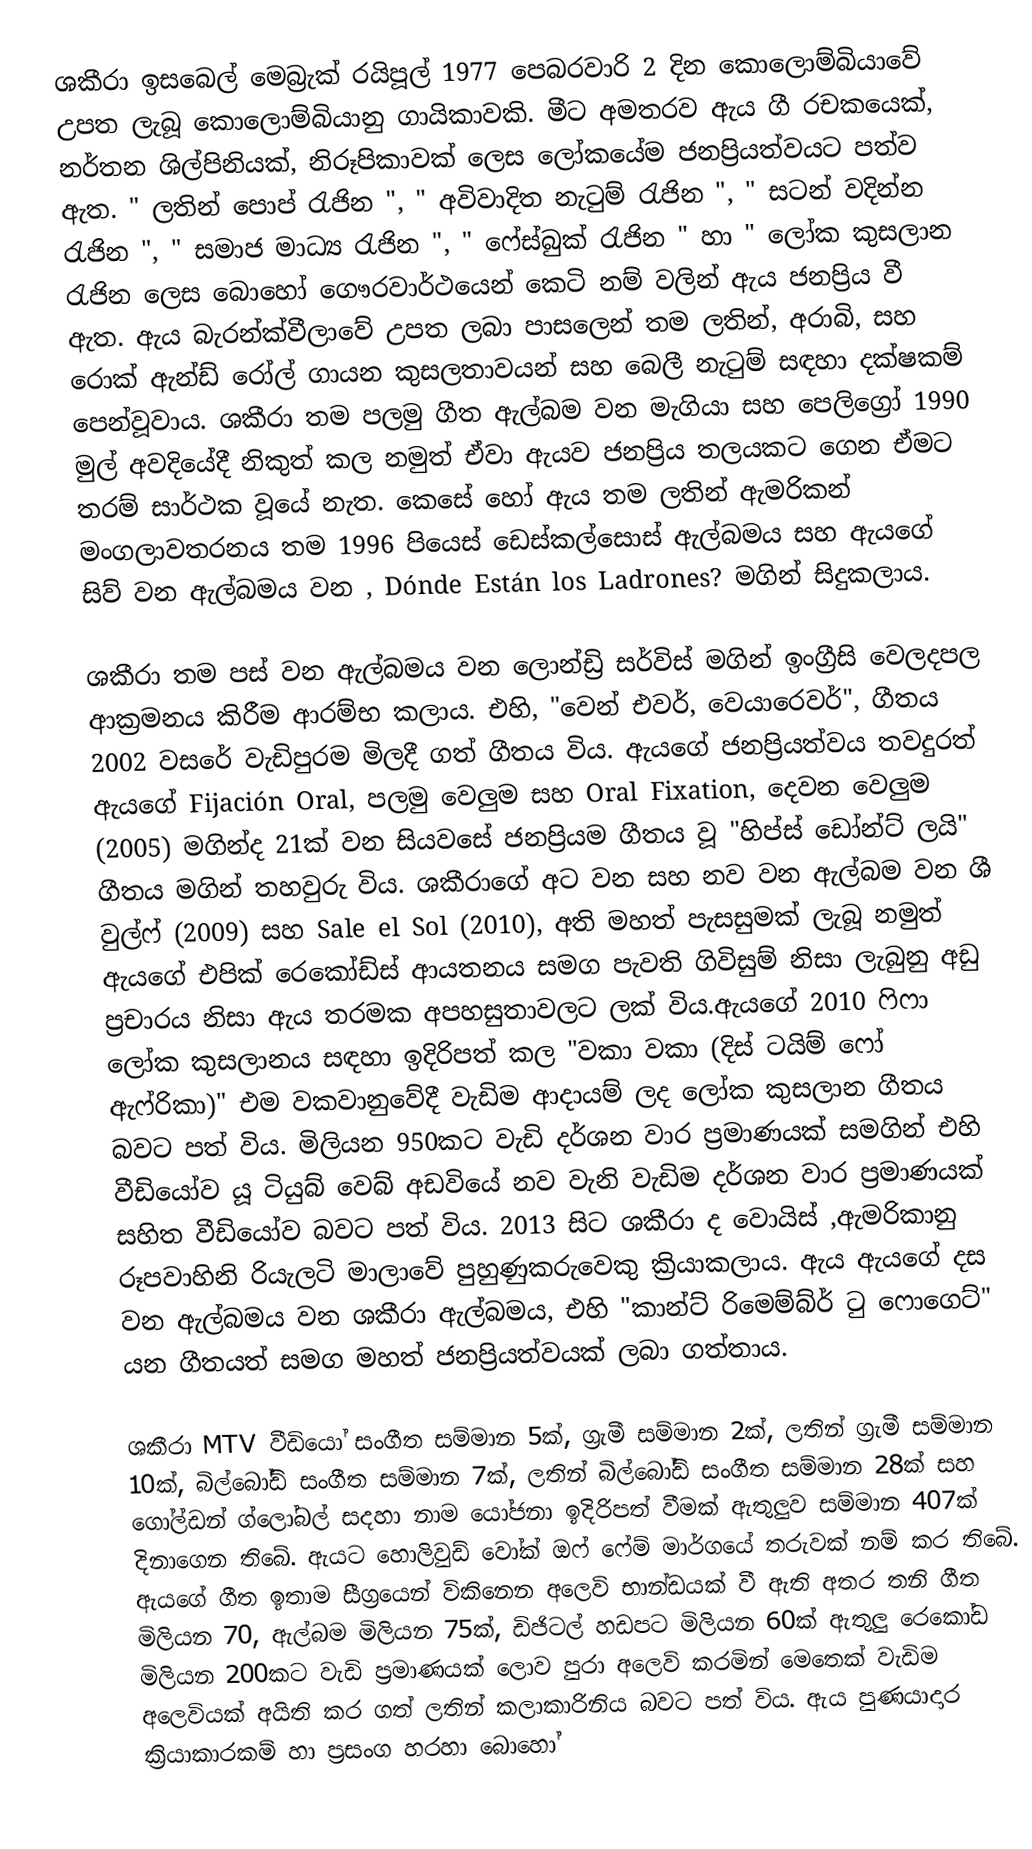
ශකීරා ඉසබෙල් මෙබ්‍රැක් රයිපූල්  1977 පෙබරවාරි 2 දින  කොලොම්බියාවේ උපත ලැබූ  කොලොම්බියානු  ගායිකාවකි. මීට අමතරව ඇය ගී රචකයෙක්, නර්තන ශිල්පිනියක්, නිරූපිකාවක් ලෙස ලෝකයේම ජනප්‍රියත්වයට පත්ව ඇත.  " ලතින් පොප් රැජින ", " අවිවාදිත නැටුම් රැජින ", " සටන් වදින්න රැජින ", " සමාජ මාධ්‍ය රැජින ", " ෆේස්බුක් රැජින " හා " ලෝක කුසලාන රැජින ලෙස බොහෝ ගෞරවාර්ථයෙන් කෙටි නම් වලින් ඇය ජනප්‍රිය වී ඇත. ඇය බැරන්ක්වීලාවේ උපත ලබා පාසලෙන් තම ලතින්, අරාබි, සහ රොක් ඇන්ඩ් රෝල් ගායන කුසලතාවයන් සහ  බෙලී නැටුම්  සඳහා දක්ෂකම් පෙන්වූවාය. ශකීරා තම පලමු ගීත ඇල්බම වන මැගියා සහ පෙලිග්‍රෝ 1990 මුල් අවදියේදී  නිකුත් කල නමුත් ඒවා ඇයව ජනප්‍රිය තලයකට ගෙන ඒමට තරම් සාර්ථක වූයේ නැත. කෙසේ හෝ ඇය තම ලතින් ඇමරිකන් මංගලාවතරනය තම 1996 පියෙස්  ඩෙස්කල්සොස් ඇල්බමය සහ ඇයගේ සිව් වන ඇල්බමය වන , Dónde Están los Ladrones? මගින් සිදුකලාය.

ශකීරා තම පස් වන ඇල්බමය වන ලොන්ඩ්‍රි සර්විස් මගින් ඉංග්‍රීසි වෙලදපල ආක්‍රමනය කිරීම ආරම්භ කලාය.  එහි, "වෙන් එවර්, වෙයාරෙවර්", ගීතය 2002 වසරේ වැඩිපුරම මිලදී ගත් ගීතය විය. ඇයගේ ජනප්‍රියත්වය තවදුරත් ඇයගේ Fijación Oral, පලමු වෙලුම සහ Oral Fixation, දෙවන වෙලුම (2005) මගින්ද 21ක් වන සියවසේ ජනප්‍රියම ගීතය වූ "හිප්ස් ඩෝන්ට් ලයි" ගීතය මගින් තහවුරු විය. ශකීරාගේ අට වන සහ නව වන ඇල්බම වන ශී වුල්ෆ් (2009) සහ Sale el Sol (2010), අති මහත් පැසසුමක් ලැබූ නමුත් ඇයගේ එපික් රෙකෝඩ්ස් ආයතනය සමග පැවති ගිවිසුම් නිසා ලැබුනු අඩු ප්‍රචාරය නිසා ඇය තරමක අපහසුතාවලට ලක් විය.ඇයගේ 2010 ෆිෆා ලෝක කුසලානය සඳහා ඉදිරිපත් කල "වකා වකා (දිස් ටයිම් ෆෝ ඇෆ්රිකා)" එම වකවානුවේදී වැඩිම ආදායම් ලද ලෝක කුසලාන ගීතය බවට පත් විය. මිලියන 950කට වැඩි දර්ශන වාර ප්‍රමාණයක් සමගින් එහි වීඩියෝව යූ ටියුබ් වෙබ් අඩවියේ නව වැනි වැඩිම දර්ශන වාර ප්‍රමාණයක් සහිත වීඩියෝව බවට පත් විය. 2013 සිට ශකීරා ද වොයිස් ,ඇමරිකානු රූපවාහිනි රියැලටි මාලාවේ පුහුණුකරුවෙකු ක්‍රියාකලාය. ඇය ඇයගේ දස වන ඇල්බමය වන ශකීරා ඇල්බමය, එහි "කාන්ට් රිමෙම්බ්ර් ටු ෆොගෙට්" යන ගීතයත් සමග මහත් ජනප්‍රියත්වයක් ලබා ගත්තාය.

ශකීරා MTV වීඩියෝ සංගීත සම්මාන 5ක්, ග්‍රැමී සම්මාන 2ක්, ලතින් ග්‍රැමී සම්මාන 10ක්, බිල්බෝඩ් සංගීත සම්මාන 7ක්, ලතින් බිල්බෝඩ් සංගීත සම්මාන 28ක් සහ ගෝල්ඩන් ග්ලෝබල් සදහා නාම යෝජනා ඉදිරිපත් වීමක් ඇතුලුව සම්මාන 407ක් දිනාගෙන තිබේ. ඇයට හොලිවුඩ් වෝක් ඔෆ් ෆේම් මාර්ගයේ තරුවක් නම් කර තිබේ. ඇයගේ ගීත ඉතාම සීග්‍රයෙන් විකිනෙන අලෙවි භාන්ඩයක් වී ඇති අතර තනි ගීත මිලියන 70, ඇල්බම මිලියන 75ක්, ඩිජිටල් හඩපට මිලියන 60ක් ඇතුලු රෙකෝඩ මිලියන 200කට වැඩි ප්‍රමාණයක් ලොව පුරා අලෙවි කරමින්  මෙතෙක් වැඩිම අලෙවියක් අයිති කර ගත් ලතින් කලාකාරිනිය බවට පත් විය. ඇය පුණයාදාර ක්‍රියාකාරකම් හා ප්‍රසංග හරහා බොහෝ